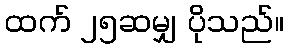
ထက် ၂၅ဆမျှ ပိုသည်။